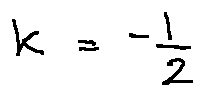
k = - \frac { 1 } { 2 }